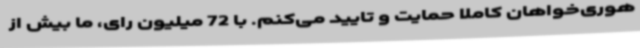
هوری‌خواهان کاملا حمایت و تایید می‌کنم. با 72 میلیون رای، ما بیش از